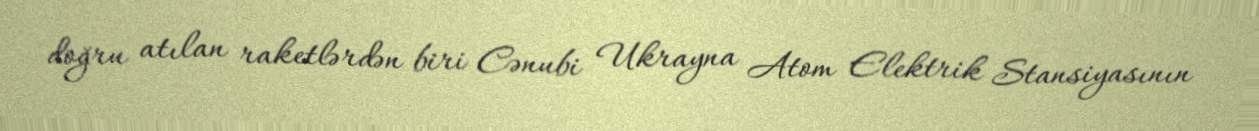
doğru atılan raketlərdən biri Cənubi Ukrayna Atom Elektrik Stansiyasının